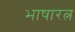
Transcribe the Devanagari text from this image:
भाषारत्न